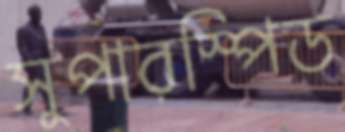
সুপারস্পিড